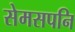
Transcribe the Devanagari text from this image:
सेमसपनि